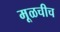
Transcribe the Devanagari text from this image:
मूळचीच